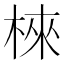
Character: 棶